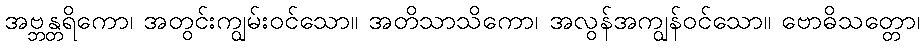
အဗ္ဘန္တရိကော၊ အတွင်းကျွမ်းဝင်သော။ အတိသာသိကော၊ အလွန်အကျွန်ဝင်သော။ ဗောဓိသတ္တော၊